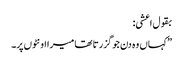
بقول اعشی:
”کہاں وہ دن جو گزرتا تھا میرا اونٹوں پر۔